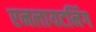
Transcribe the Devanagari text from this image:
एनलायटनिंग